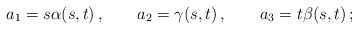
\begin{align*} a_1 = s\alpha(s,t)\,, \qquad a_2 = \gamma(s,t)\,, \qquad a_3= t\beta(s,t)\,;\end{align*}